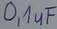
Text: 0,1uF